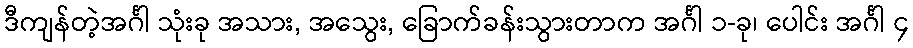
ဒီကျန်တဲ့အင်္ဂါ သုံးခု အသား, အသွေး, ခြောက်ခန်းသွားတာက အင်္ဂါ ၁-ခု၊ ပေါင်း အင်္ဂါ ၄